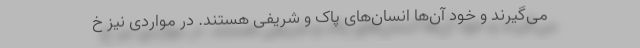
می‌گیرند و خود آن‌ها انسان‌های پاک و شریفی هستند. در مواردی نیز خ